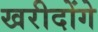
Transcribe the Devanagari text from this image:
खरीदोंगे